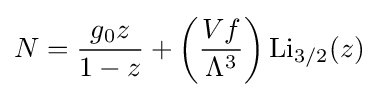
N={\frac {g_{0}z}{1-z}}+\left({\frac {Vf}{\Lambda ^{3}}}\right)\operatorname {Li} _{3/2}(z)